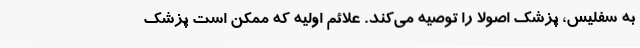
به سفلیس، پزشک اصولاً را توصیه می‌کند. علائم اولیه که ممکن است پزشک